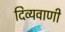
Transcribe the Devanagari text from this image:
दिव्यवाणी